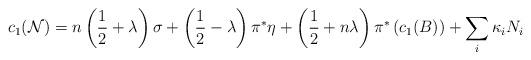
LaTeX: \begin{align*}c_1({\cal N}) = n\left({1\over 2} + \lambda\right)\sigma +\left({1\over 2} - \lambda\right)\pi^*\eta +\left({1\over 2} + n\lambda\right)\pi^*\left(c_1(B)\right) +\sum_i\kappa_iN_i\end{align*}